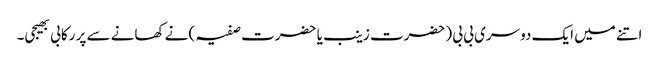
اتنے میں ایک دوسری بی بی (حضرت زینب یا حضرت صفیہ )نے کھانے سے پر رکابی بھیجی۔